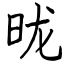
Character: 昽